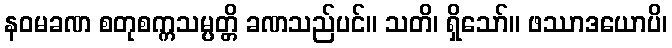
နဝမခဏ စတုစက္ကသမ္ပတ္တိ ခဏသည်ပင်။ သတိ၊ ရှိသော်။ ဖဿာဒယောပိ၊